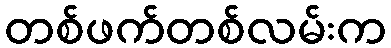
တစ်ဖက်တစ်လမ်းက